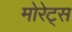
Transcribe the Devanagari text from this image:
मोरेट्स